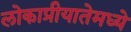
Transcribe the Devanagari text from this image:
लोकाप्रीयातेमध्ये